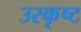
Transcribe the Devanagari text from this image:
उस्कृष्ट